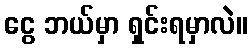
ငွေ ဘယ်မှာ ရှင်းရမှာလဲ။